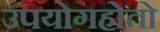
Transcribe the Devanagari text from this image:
उपयोगहोतो